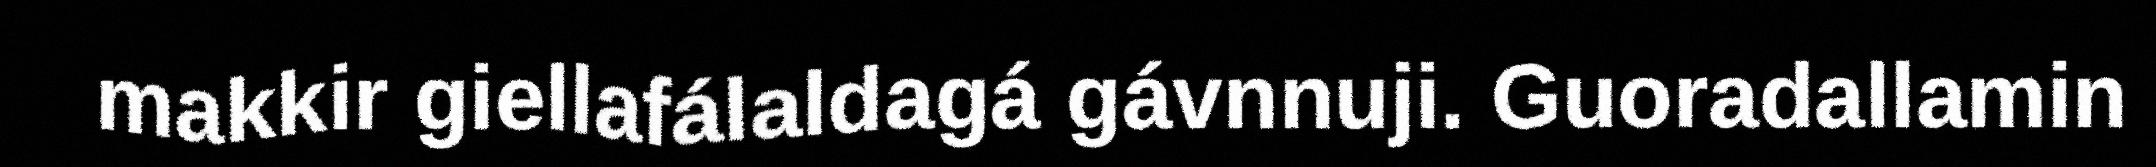
makkir giellafálaldagá gávnnuji. Guoradallamin